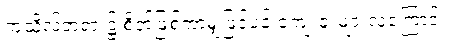
ကုသိုလ်တရား၌ စိတ်ဖြစ်ကာမျှဖြင့်ပင် ကျေးဇူးများလှကြောင်း